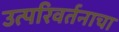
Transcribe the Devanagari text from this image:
उत्परिवर्तनाचा